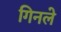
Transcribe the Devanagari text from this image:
गिनले